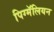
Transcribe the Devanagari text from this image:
पिग्मॅलियन